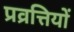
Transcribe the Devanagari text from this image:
प्रव्रत्तियों